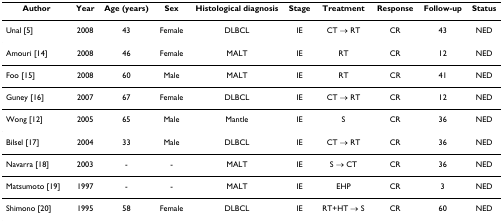
| Author | Year | Age (years) | Sex | Histological diagnosis | Stage | Treatment | Response | Follow-up | Status |
 | --- | --- | --- | --- | --- | --- | --- | --- | --- | --- |
 | Unal [5] | 2008 | 43 | Female | DLBCL | IE | CT → RT | CR | 43 | NED |
 | Amouri [14] | 2008 | 46 | Female | MALT | IE | RT | CR | 12 | NED |
 | Foo [15] | 2008 | 60 | Male | MALT | IE | RT | CR | 41 | NED |
 | Guney [16] | 2007 | 67 | Female | DLBCL | IE | CT → RT | CR | 12 | NED |
 | Wong [12] | 2005 | 65 | Male | Mantle | IE | S | CR | 36 | NED |
 | Bilsel [17] | 2004 | 33 | Male | DLBCL | IE | CT → RT | CR | 36 | NED |
 | Navarra [18] | 2003 | - | - | MALT | IE | S → CT | CR | 36 | NED |
 | Matsumoto [19] | 1997 | - | - | MALT | IE | EHP | CR | 3 | NED |
 | Shimono [20] | 1995 | 58 | Female | DLBCL | IE | RT+HT → S | CR | 60 | NED |